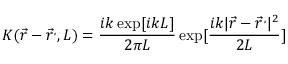
K ( { \vec { r } } - { \vec { r } } ^ { , } , L ) = { \frac { i k \exp [ i k L ] } { 2 \pi L } } \exp [ { \frac { i k | { \vec { r } } - { \vec { r } } ^ { , } | ^ { 2 } } { 2 L } } ]